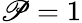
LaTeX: \mathscr{P}=1